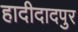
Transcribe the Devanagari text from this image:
हादीदादपुर